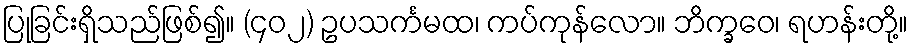
ပြုခြင်းရှိသည်ဖြစ်၍။ (၄၀၂) ဥပသင်္ကမထ၊ ကပ်ကုန်လော။ ဘိက္ခဝေ၊ ရဟန်းတို့။